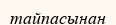
тайпасынан